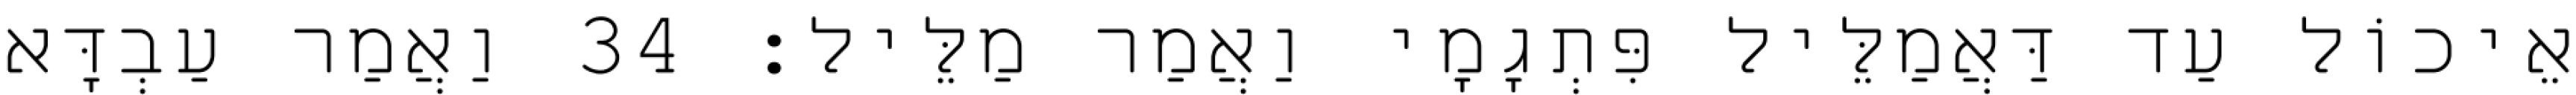
אֵיכוֹל עַד דַּאֲמַלֵּיל פִּתְגָמָי וַאֲמַר מַלֵּיל׃ 34 וַאֲמַר עַבְדָּא